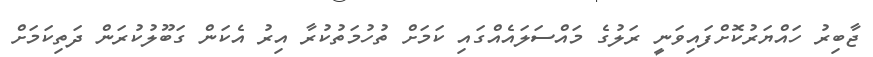
ޖާބިރު ހައްޔަރުކޮށްފައިވަނީ ރަލުގެ މައްސަލައެއްގައި ކަމަށް ތުހުމަތުކުރާ އިރު އެކަން ގަބޫލުކުރަން ދަތިކަމަށް